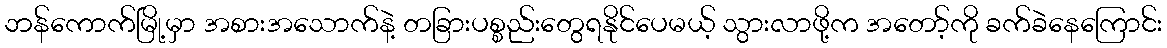
ဘန်ကောက်မြို့မှာ အစားအသောက်နဲ့ တခြားပစ္စည်းတွေရနိုင်ပေမယ့် သွားလာဖို့က အတော့်ကို ခက်ခဲနေကြောင်း